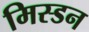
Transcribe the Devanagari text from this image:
मिस्डन